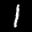
Label: 1